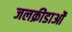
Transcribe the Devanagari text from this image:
जलक्रीडाओं